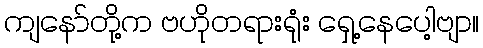
ကျနော်တို့က ဗဟိုတရားရုံး ရှေ့နေပေါ့ဗျာ။